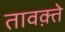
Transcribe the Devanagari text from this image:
तावक़्ते